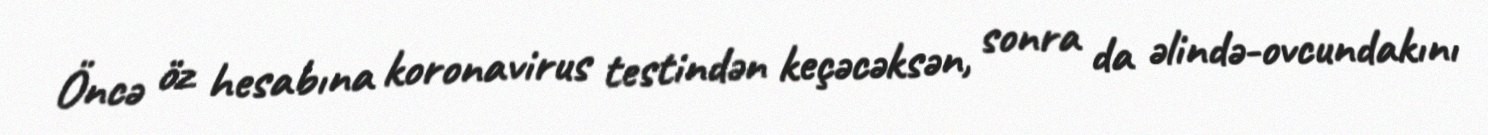
Öncə öz hesabına koronavirus testindən keçəcəksən, sonra da əlində-ovcundakını